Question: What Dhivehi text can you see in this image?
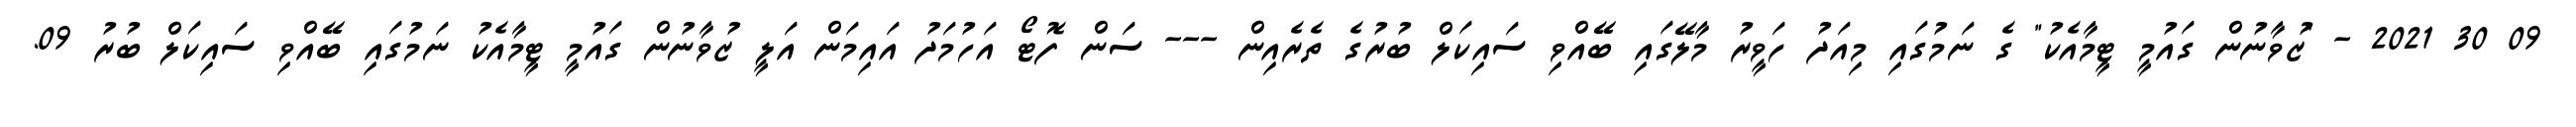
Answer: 09 30 2021 - "ޒުވާނުން ގައުމީ ޓީމާއެކު" ގެ ނަމުގައި މިއަދު ހަވީރު މާލޭގައި ބޭއްވި ސައިކަލް ބުރުގެ ތެރެއިން --- ސަން ފޮޓޯ އަހުމަދު އައިމަން އަލީ ޒުވާނުން ގައުމީ ޓީމާއެކު ނަމުގައި ބޭއްވި ސައިކަލް ބުރު 09.